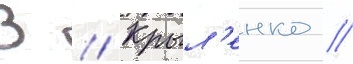
В // Крыл'енко /